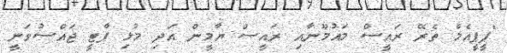
"ޕީޕީއެމް ތެރޭ ރައީސް މައުމޫނާއި ރައީސް ޔާމީން އަދި މުޅި ޕާޓީ ޖައްސުވަނީ